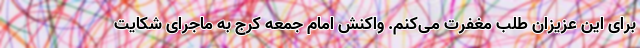
برای این عزیزان طلب مغفرت می‌کنم. واکنش امام جمعه کرج به ماجرای شکایت